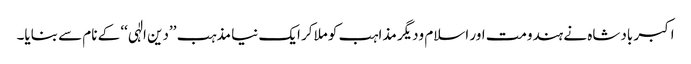
اکبر بادشاہ نے ہندومت اور اسلام ودیگر مذاہب کو ملاکر ایک نیا مذہب ’’دین الٰہی‘‘ کے نام سے بنایا۔